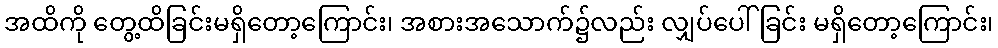
အထိကို တွေ့ထိခြင်းမရှိတော့ကြောင်း၊ အစားအသောက်၌လည်း လျှပ်ပေါ်ခြင်း မရှိတော့ကြောင်း၊